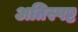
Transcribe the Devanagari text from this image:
अतिस्पष्ट